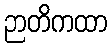
ဉာတိကထာ